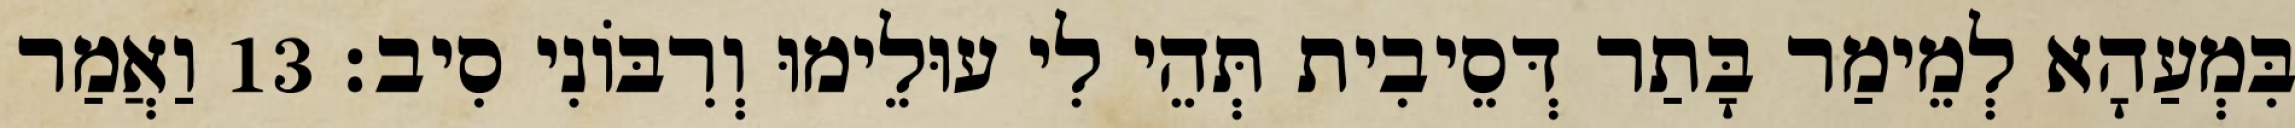
בִּמְעַהָא לְמֵימַר בָּתַר דְּסֵיבִית תְּהֵי לִי עוּלֵימוּ וְרִבּוֹנִי סִיב׃ 13 וַאֲמַר